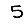
Digit: 5